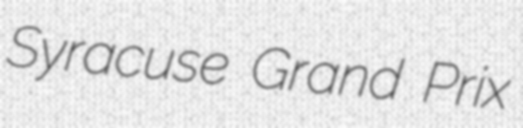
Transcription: Syracuse Grand Prix